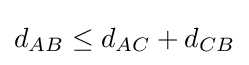
d_{AB}\leq d_{AC}+d_{CB}